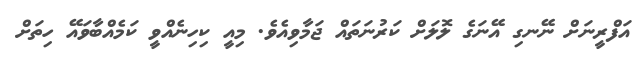
އަފްރީނަށް ނޭނގި އޭނަގެ ލޮލަށް ކަރުނަތައް ޖަމާވިއެވެ. މިއީ ކިހިނެއްވީ ކަމެއްބާވައޭ ހިތަށް